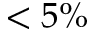
< 5 \%